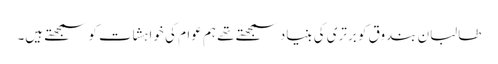
طالبان بندوق کو برتری کی بنیاد سمجھتے تھے ہم عوام کی خواہشات کو سمجھتے ہیں۔